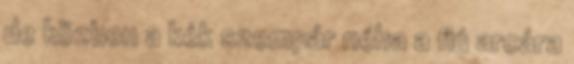
de közben a kék szempár néha a fiú arcára